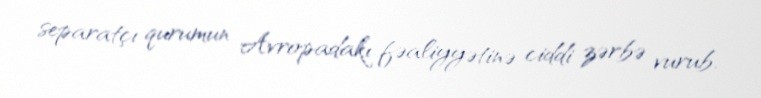
separatçı qurumun Avropadakı fəaliyyətinə ciddi zərbə vurub.